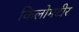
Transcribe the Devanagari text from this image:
किलोमटीर